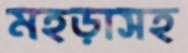
মহড়াসহ